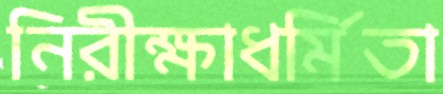
নিরীক্ষাধর্মিতা